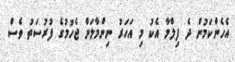
އެހެންކަމުން ދެ ފިލްމާ އެކު މި އަހަރު ނިންމާލަން ޖެހުމުގެ ފުރުސަތު ވެސް